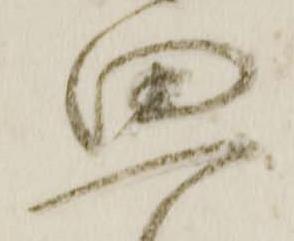
思